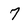
Character: 7